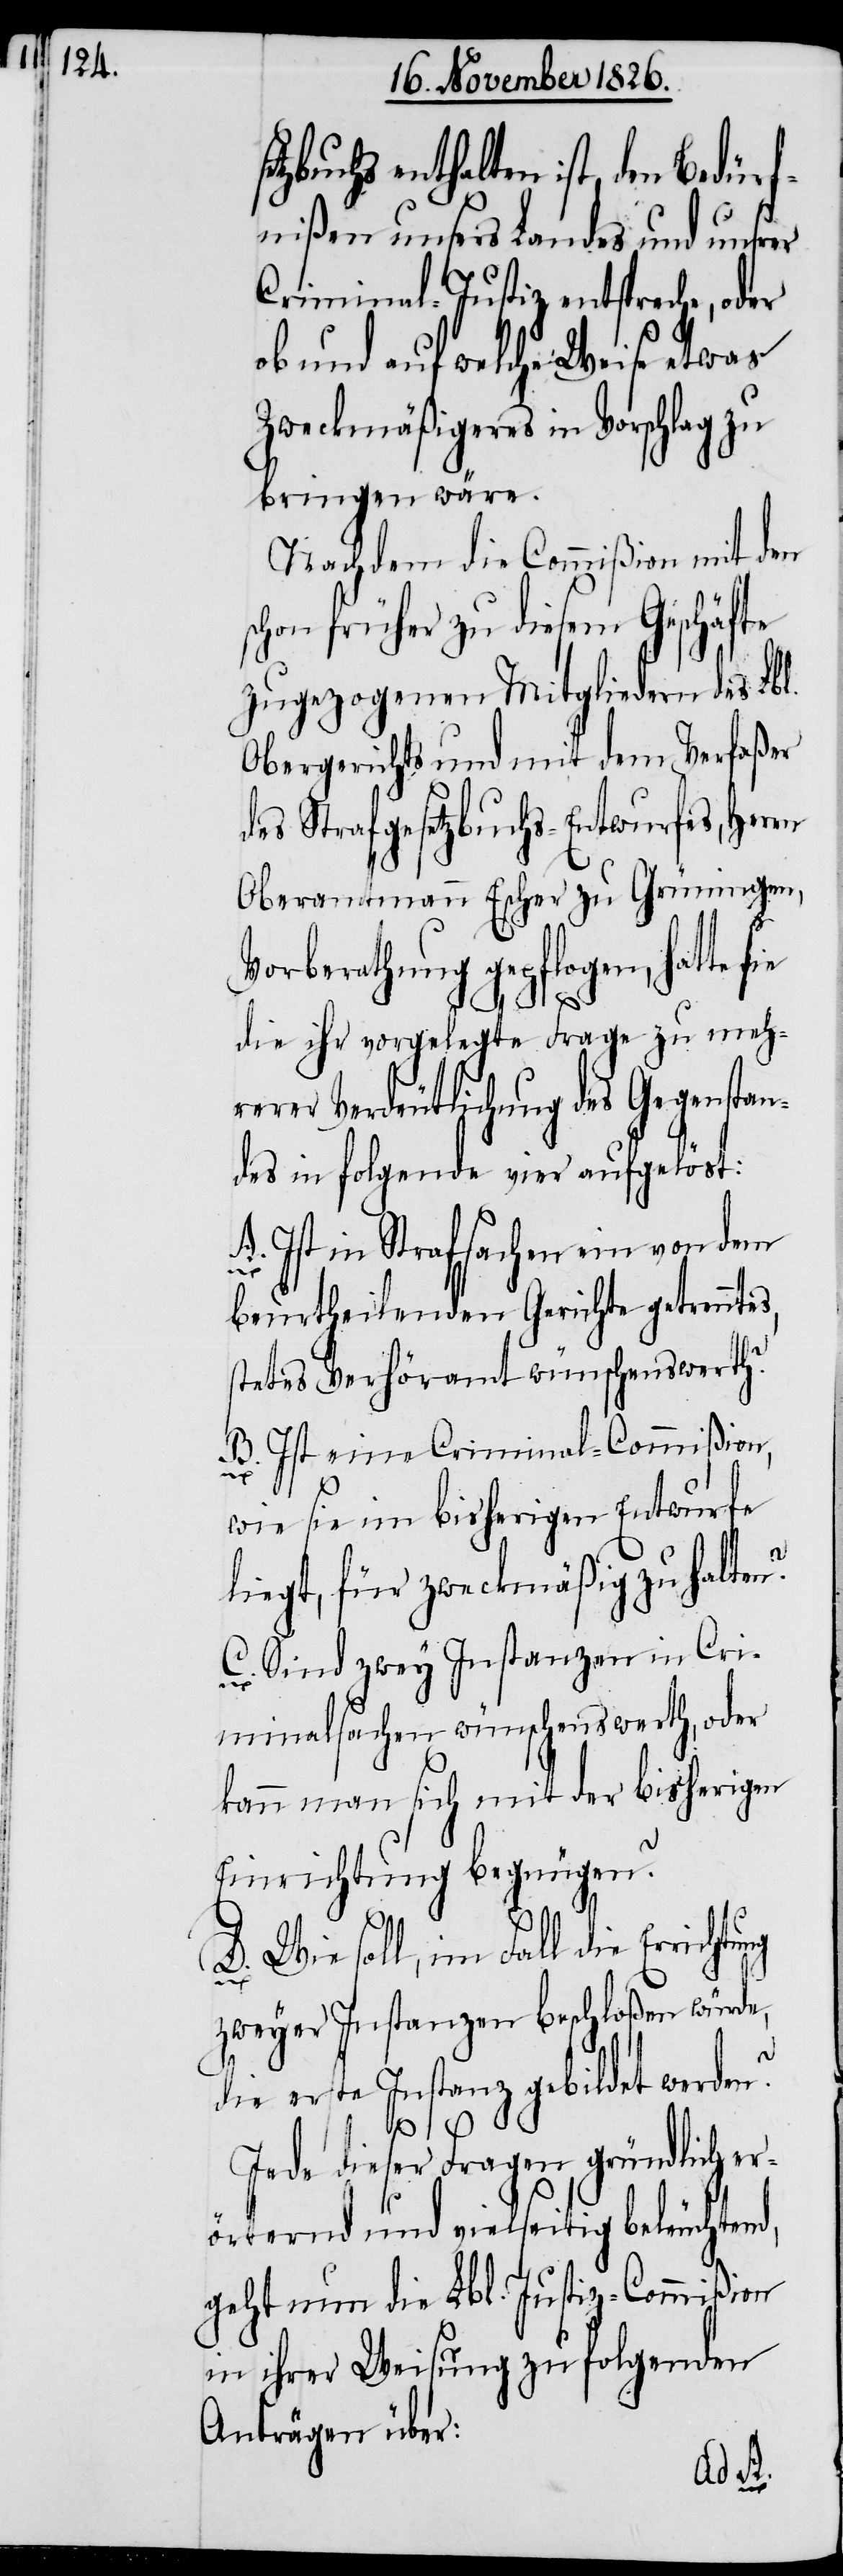
enthalten ist, den Bedürf¬
nißen unsers Landes und unsrer
Criminal-Justiz entspreche, oder
ob und auf welche Weise etwas
Zweckmäßigeres in Vorschlag zu
bringen wäre.
Nachdem die Commißion mit den
schon früher zu diesem Geschäfte
zugezogenen Mitgliedern des Lbl.
Obergerichts und mit dem Verfaßer
des Strafgesetzbuchs-Entwurfes, Herrn
Oberamtmann Escher zu Grüningen,
Vorberathung gepflogen, hatte sie
die ihr vorgelegte Frage zu mehr¬
erer Verdeutlichung des Gegenstan¬
des in folgende vier aufgelöst:
A. Ist in Strafsachen ein von dem
beurtheilenden Gerichte getrennte¬
stetes Verhöramt wünschenswerth?
b. Ist eine Criminal-Commißion,
wie sie im bisherigen Entwurfe
liegt, für zweckmäßig zu halten?
C. Sind zwey Instanzen in Cri¬
minalsachen wünschenswerth, oder
kann man sich mit der bisherigen
Einrichtung begnügen?
D.
zweyer Instanzen beschloßen würde,
die erste Instanz gebildet werden?
Jede dieser Fragen gründlich e¬
rörternd und vielseitig beleuchtend,
geht nun die Lbl. Justiz-Commißion
in ihrer Weisung zu folgenden
Anträgen über:
s,